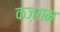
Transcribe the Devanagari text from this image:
कज़गम